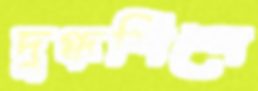
দুগ্ধশিল্পে